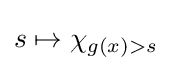
s\mapsto \chi _{g(x)>s}